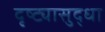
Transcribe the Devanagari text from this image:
दृष्ट्यासुद्धा